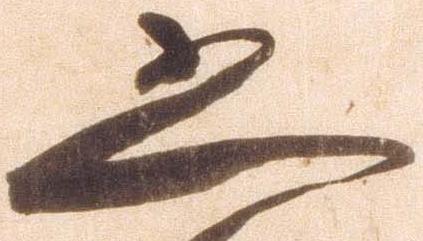
恐